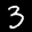
Label: 3